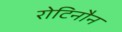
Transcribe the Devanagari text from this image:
रोटिनौन